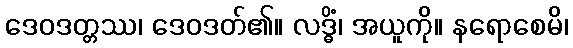
ဒေဝဒတ္တဿ၊ ဒေဝဒတ်၏။ လဒ္ဓိံ၊ အယူကို။ နရောစေမိ၊